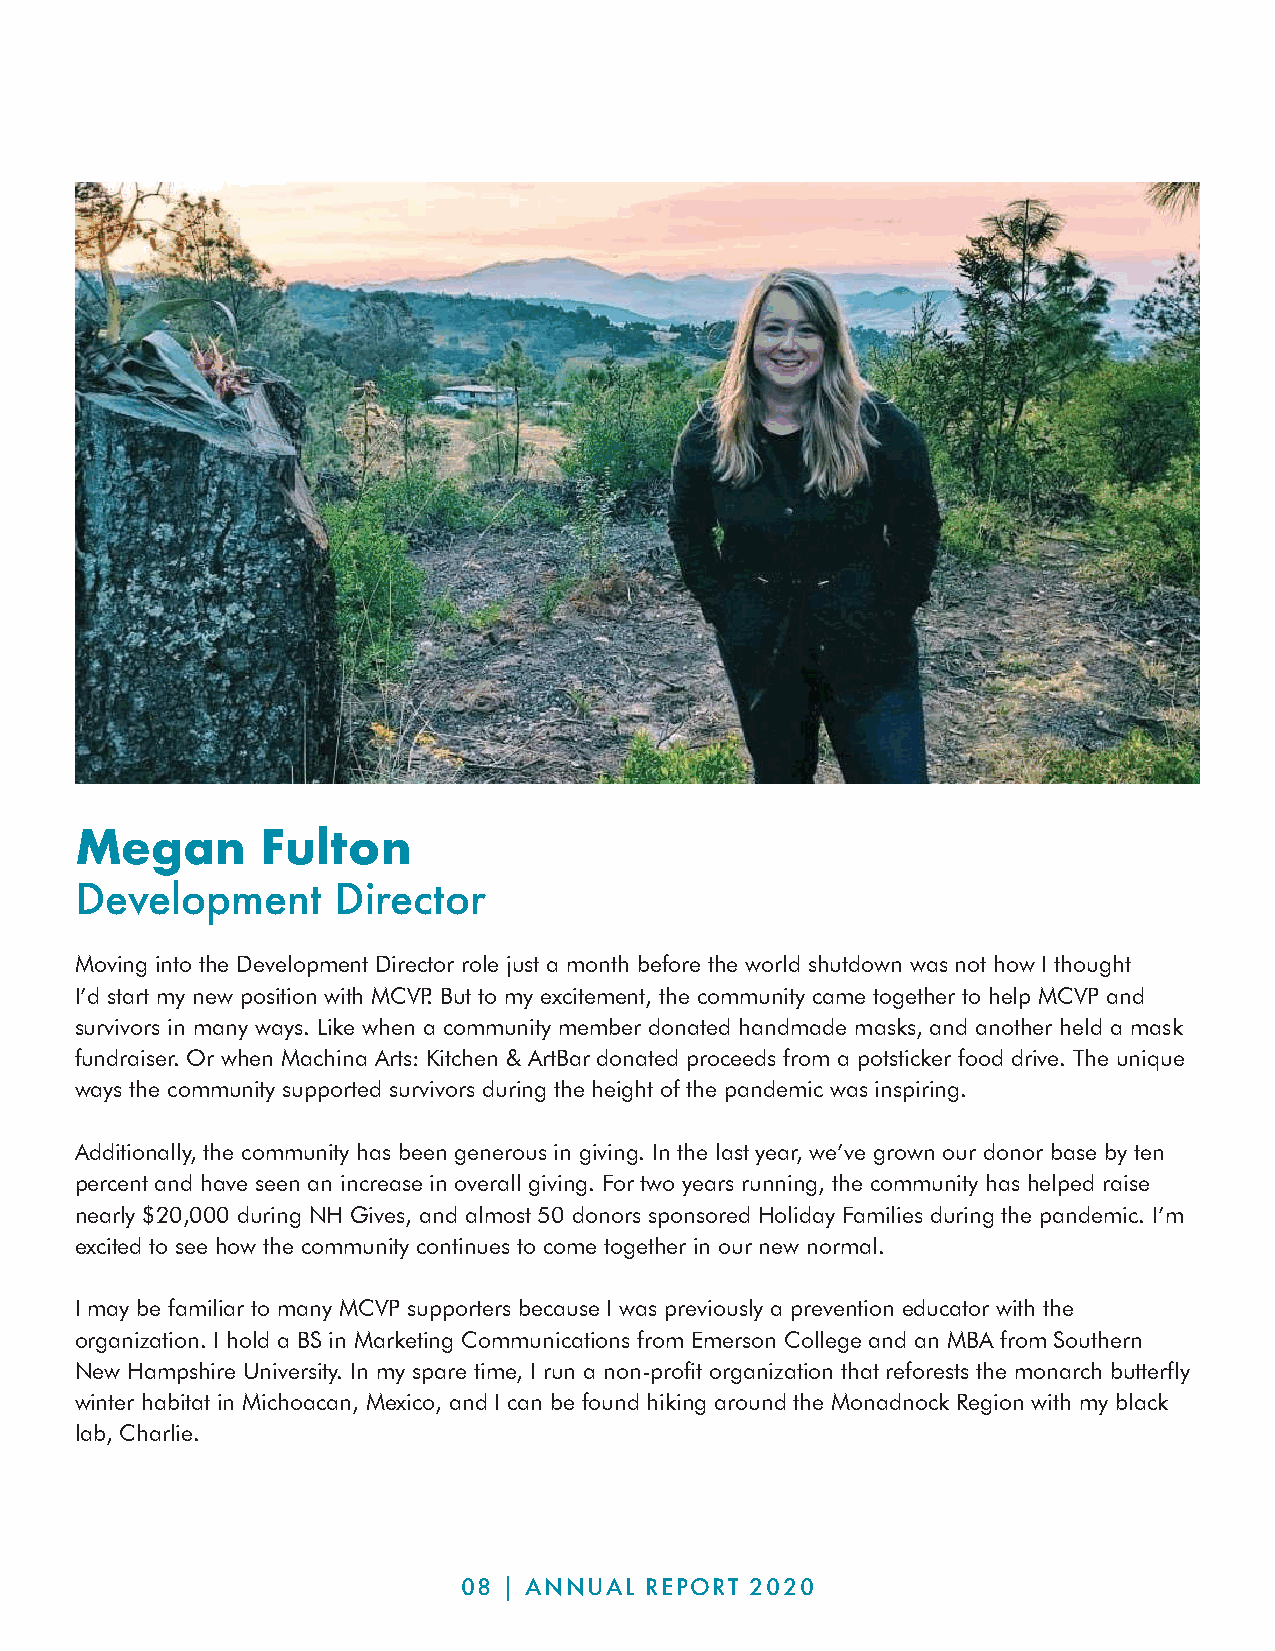
Megan       Fulton
 Development      Director
 Moving into the Development Director role just a month before the world shutdown was not how I thought
 I’d start my new position with MCVP. But to my excitement, the community came together to help MCVP and
 survivors in many ways. Like when a community member donated handmade masks, and another held a mask
 fundraiser. Or when Machina Arts: Kitchen & ArtBar donated proceeds from a potsticker food drive. The unique
 ways the community supported survivors during the height of the pandemic was inspiring.
 Additionally, the community has been generous in giving. In the last year, we’ve grown our donor base by ten
 percent and have seen an increase in overall giving. For two years running, the community has helped raise
 nearly $20,000 during NH Gives, and almost 50 donors sponsored Holiday Families during the pandemic. I’m
 excited to see how the community continues to come together in our new normal.
 I may be familiar to many MCVP supporters because I was previously a prevention educator with the
 organization. I hold a BS in Marketing Communications from Emerson College and an MBA from Southern
 New Hampshire University. In my spare time, I run a non-profit organization that reforests the monarch butterfly
 winter habitat in Michoacan, Mexico, and I can be found hiking around the Monadnock Region with my black
 lab, Charlie.
 08 | ANNUAL  REPORT 2020